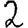
Digit: 2